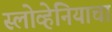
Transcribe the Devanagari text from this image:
स्लोव्हेनियाचा